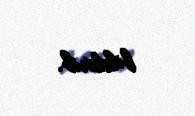
bildirib.